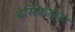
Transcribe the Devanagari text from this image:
बेसिकतास